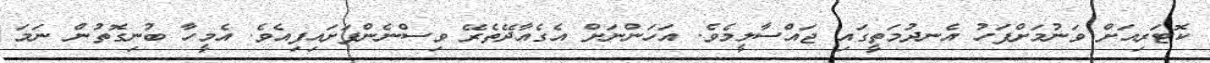
ކޮޓަރިއަށް ވަނުމަށްފަހު އެނދުމަތީގައި ޖައްސާލީމެވެ. އަހަންނަށް އެގެއާދޭތެރޭ ވިސްނެންފަށައިފިއެވެ. އެމީހާ ބުނިގޮތުން ނަމަ